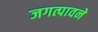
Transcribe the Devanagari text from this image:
जगत्पावने